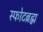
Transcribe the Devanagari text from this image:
स्फोटब्रह्म